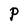
Character: P